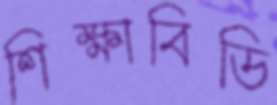
শিক্ষাবিডি